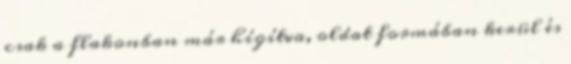
csak a flakonban már hígítva, oldat formában kerül és